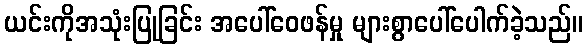
ယင်းကိုအသုံးပြုခြင်း အပေါ်ဝေဖန်မှု များစွာပေါ်ပေါက်ခဲ့သည်။